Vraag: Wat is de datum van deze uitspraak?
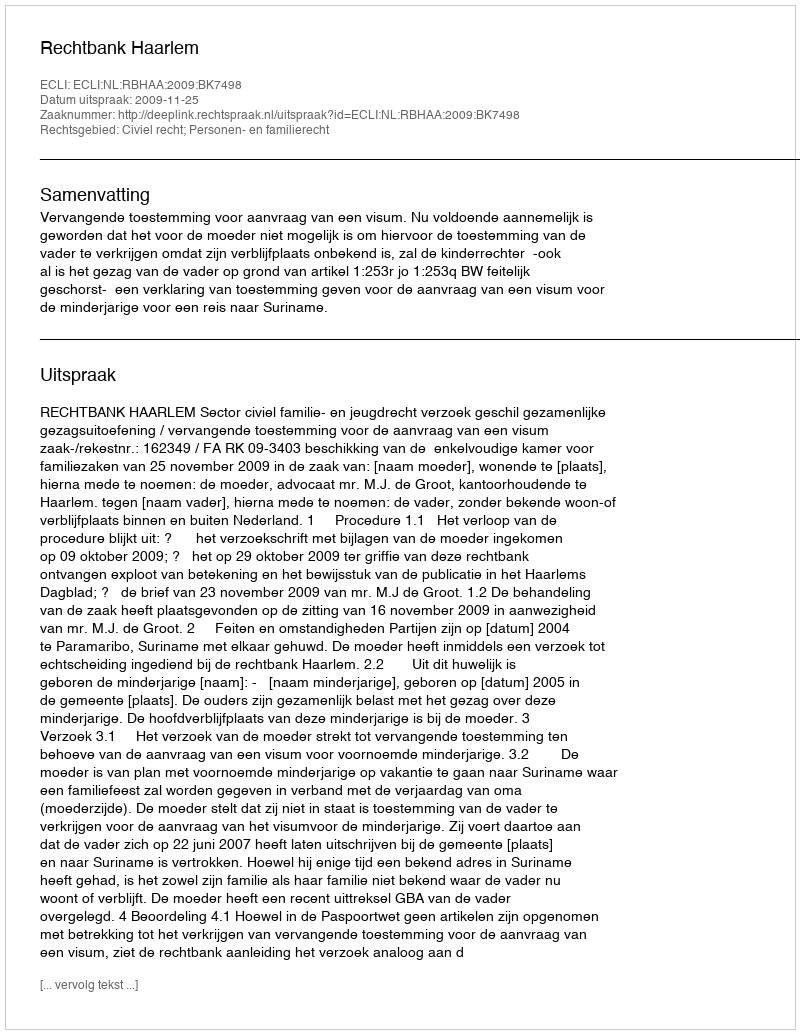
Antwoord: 2009-11-25